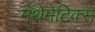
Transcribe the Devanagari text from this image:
मॅथेमेटिक्स